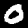
Label: 0